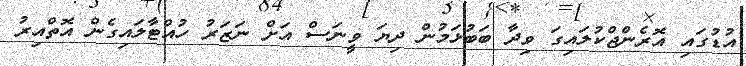
އުޑުގައި އޮރެންޖްކުލައިގަ ވިދާ ބަބުޅަމުން ދިޔަ ވީނަސް އަށް ނަޒަރު ހުއްޓާލައިގެން އޮތްއިރު